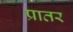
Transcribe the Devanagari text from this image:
प्रातर